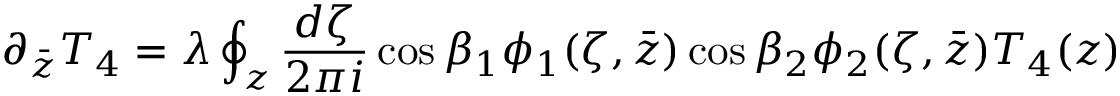
\partial _ { \bar { z } } T _ { 4 } = \lambda \oint _ { z } \frac { d \zeta } { 2 \pi i } \cos { \beta } _ { 1 } \phi _ { 1 } ( \zeta , \bar { z } ) \cos { \beta } _ { 2 } \phi _ { 2 } ( \zeta , \bar { z } ) T _ { 4 } ( z )